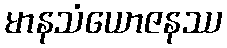
မာနသံယောဇနဿ